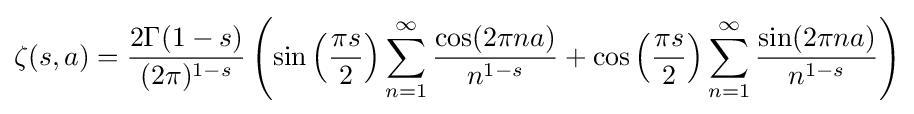
\zeta (s,a)={\frac {2\Gamma (1-s)}{(2\pi )^{1-s}}}\left(\sin \left({\frac {\pi s}{2}}\right)\sum _{n=1}^{\infty }{\frac {\cos(2\pi na)}{n^{1-s}}}+\cos \left({\frac {\pi s}{2}}\right)\sum _{n=1}^{\infty }{\frac {\sin(2\pi na)}{n^{1-s}}}\right)